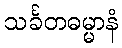
သင်္ခတဓမ္မာနံ